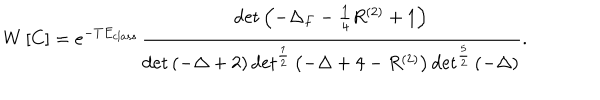
LaTeX: W \left[ C \right] = e ^ { - T E _ { c l a s s } } \frac { \det \left( - \Delta _ { F } - \frac { 1 } { 4 } R ^ { ( 2 ) } + 1 \right) } { \det \left( - \Delta + 2 \right) \det ^ { \frac { 1 } { 2 } } \left( - \Delta + 4 - R ^ { ( 2 ) } \right) \det ^ { \frac { 5 } { 2 } } \left( - \Delta \right) } .